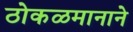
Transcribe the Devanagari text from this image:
ठोकळमानाने